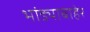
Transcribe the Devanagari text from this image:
भांड्याबाहेर